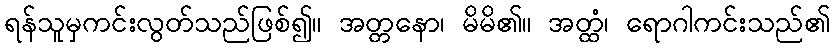
ရန်သူမှကင်းလွတ်သည်ဖြစ်၍။ အတ္တနော၊ မိမိ၏။ အတ္ထံ၊ ရောဂါကင်းသည်၏